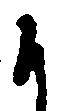
か